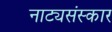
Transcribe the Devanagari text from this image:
नाट्यसंस्कार